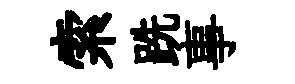
索跣事